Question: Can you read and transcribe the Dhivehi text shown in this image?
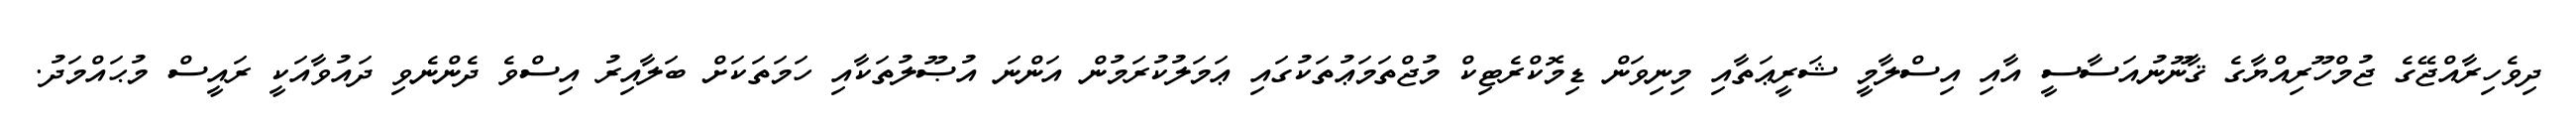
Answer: ދިވެހިރާއްޖޭގެ ޖުމްހޫރިއްޔާގެ ޤާނޫނުއަސާސީ އާއި އިސްލާމީ ޝަރީޢަތާއި މިނިވަން ޑިމޮކްރެޓިކް މުޖްތަމަޢުތަކުގައި ޢަމަލުކުރަމުން އަންނަ އުޞޫލުތަކާއި ހަމަތަކަށް ބަލާއިރު އިސްވެ ދެންނެވި ދައުވާއަކީ ރައީސް މުޙައްމަދު.